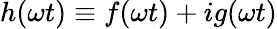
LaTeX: {h(\omega t)\equiv f(\omega t)+ig(\omega t)}